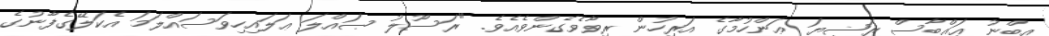
އިބްނު ޢައްބާސް ރަޟިޔަ ޢަންހުމާގެ އަރިހުން ރިވާވެގެންވެއެވެ. "ރަސޫލު ޞައްލަ ޢަލައިހިވަސައްލަމަ އެކަލޭގެފާނުގެ